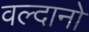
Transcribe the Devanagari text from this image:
वल्दानो